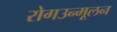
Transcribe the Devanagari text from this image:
रोगउन्मूलन